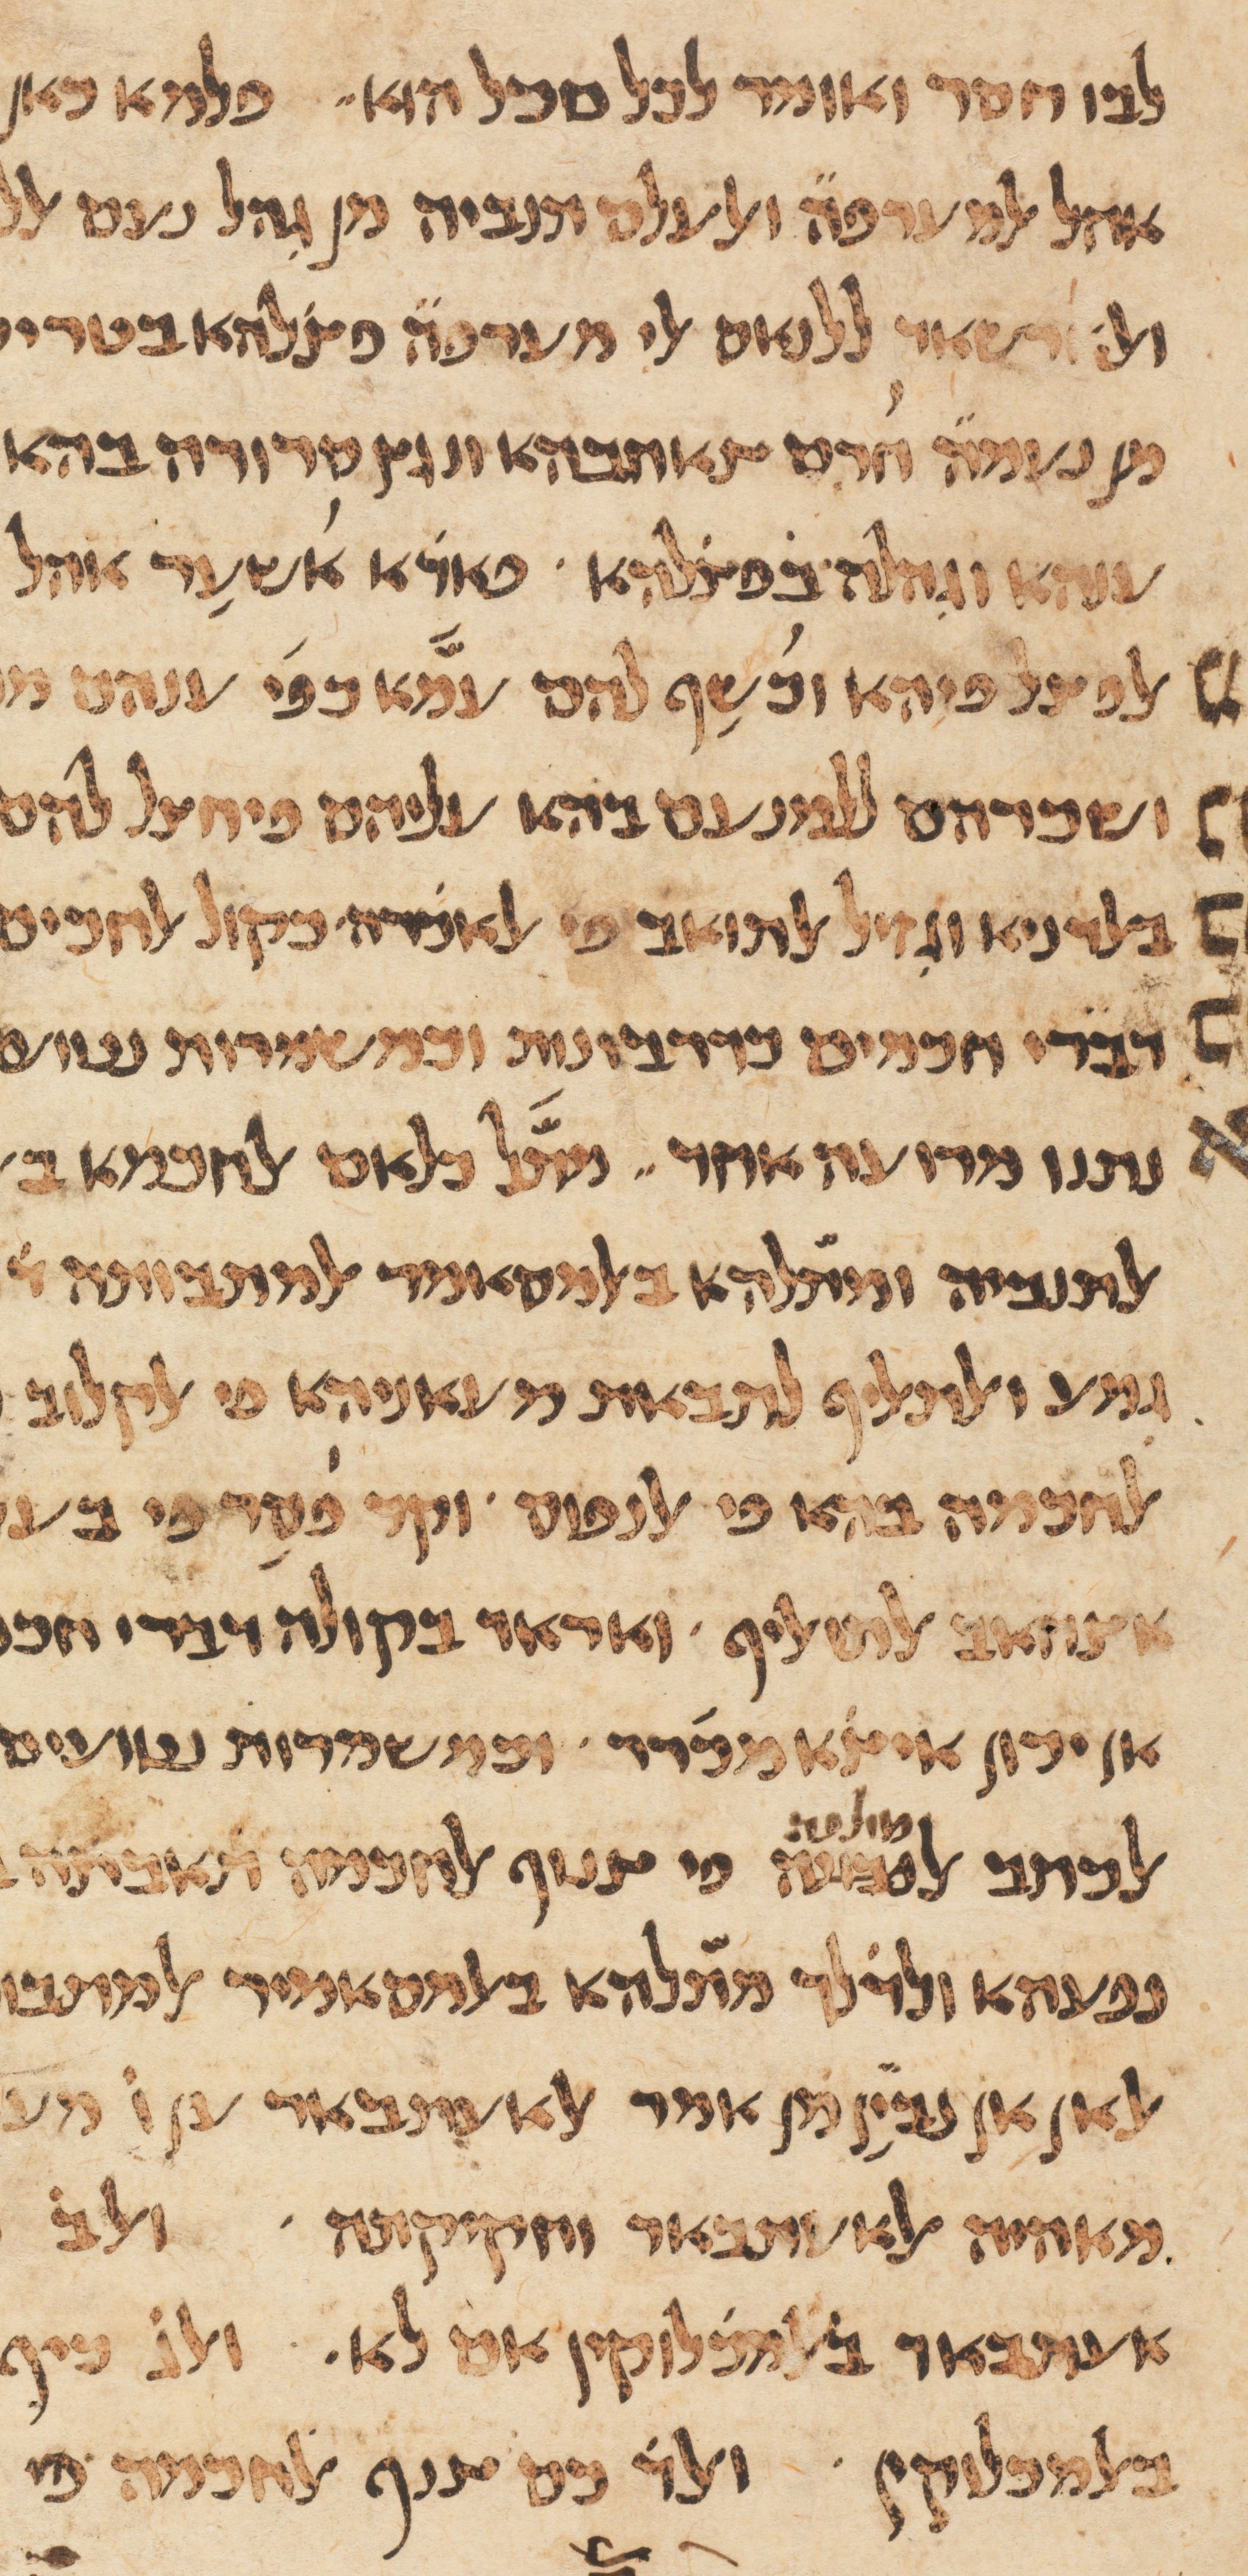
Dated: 1100–1199